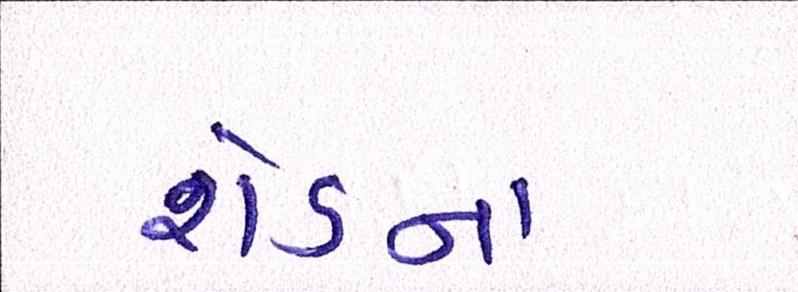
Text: શેડના